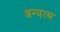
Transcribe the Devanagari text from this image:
अन्यत्म